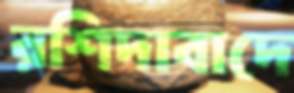
রশিদাবাদে